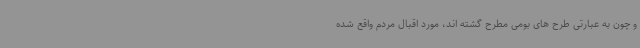
و چون به عبارتی طرح های بومی مطرح گشته اند، مورد اقبال مردم واقع شده